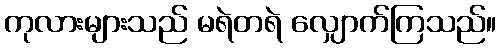
ကုလားများသည် မရဲတရဲ လျှောက်ကြသည်။